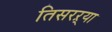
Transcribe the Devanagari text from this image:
तिसरऱ्या